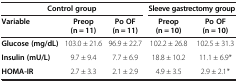
<table><thead><tr><td colspan="3"><b>Control group</b></td><td colspan="2"><b>Sleeve gastrectomy group</b></td></tr><tr><td><b>Variable</b></td><td><b>Preop (n = 11)</b></td><td><b>Po OF (n = 11)</b></td><td><b>Preop (n = 10)</b></td><td><b>Po OF (n = 10)</b></td></tr></thead><tbody><tr><td><b>Glucose (mg/dL)</b></td><td>103.0 ± 21.6</td><td>96.9 ± 22.7</td><td>102.2 ± 26.8</td><td>102.5 ± 31.3</td></tr><tr><td><b>Insulin (mU/L)</b></td><td>9.7 ± 9.4</td><td>7.7 ± 6.9</td><td>18.8 ± 10.2</td><td>11.1 ± 6.9*</td></tr><tr><td><b>HOMA-IR</b></td><td>2.7 ± 3.3</td><td>2.1 ± 2.9</td><td>4.9 ± 3.5</td><td>2.9 ± 2.1*</td></tr></tbody></table>